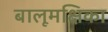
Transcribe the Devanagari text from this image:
बालूमक्षिका